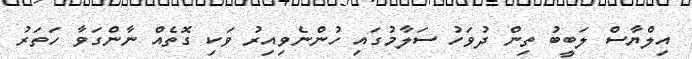
އިލްޔާސް ލަބީބު ތިން ދުވަހު ސަލާމުގައި ހުންނެވިއިރު ވަކި ގޮތެއް ނާންގަވާ ހަތަރު